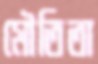
মৌতিতা